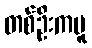
တစ်ဦးကမူ